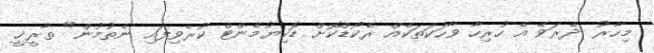
މިހާރު ދެރަވޭ އެ ހުރިހާ ވާހަކަތަކެއް ރެކޯޑްކޮށް ޑޮކިޔުމެންޓް ކުރެވިފައި ނެތުމުން" ތާރީޚީ